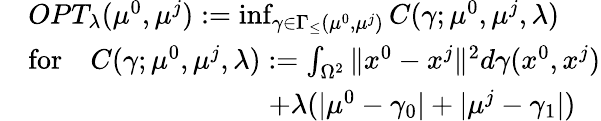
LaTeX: \begin{array}{rl}&{OPT_{\lambda}(\mu^{0},\mu^{j}):=\operatorname*{inf}_{\gamma\in\Gamma_{\leq}(\mu^{0},\mu^{j})}C(\gamma;\mu^{0},\mu^{j},\lambda)}\\ &{\mathrm{for}\quad C(\gamma;\mu^{0},\mu^{j},\lambda):=\int_{\Omega^{2}}\| x^{0}-x^{j}\| ^{2}d\gamma(x^{0},x^{j})}\\ &{\qquad\, \, \, \qquad\qquad\qquad+\lambda(|\mu^{0}-\gamma_{0}|+|\mu^{j}-\gamma_{1}|)}\end{array}